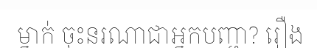
ម្នាក់ ចុះនរណាជាអ្នកបញ្ជា? រឿង